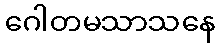
ဂေါတမသာသနေ